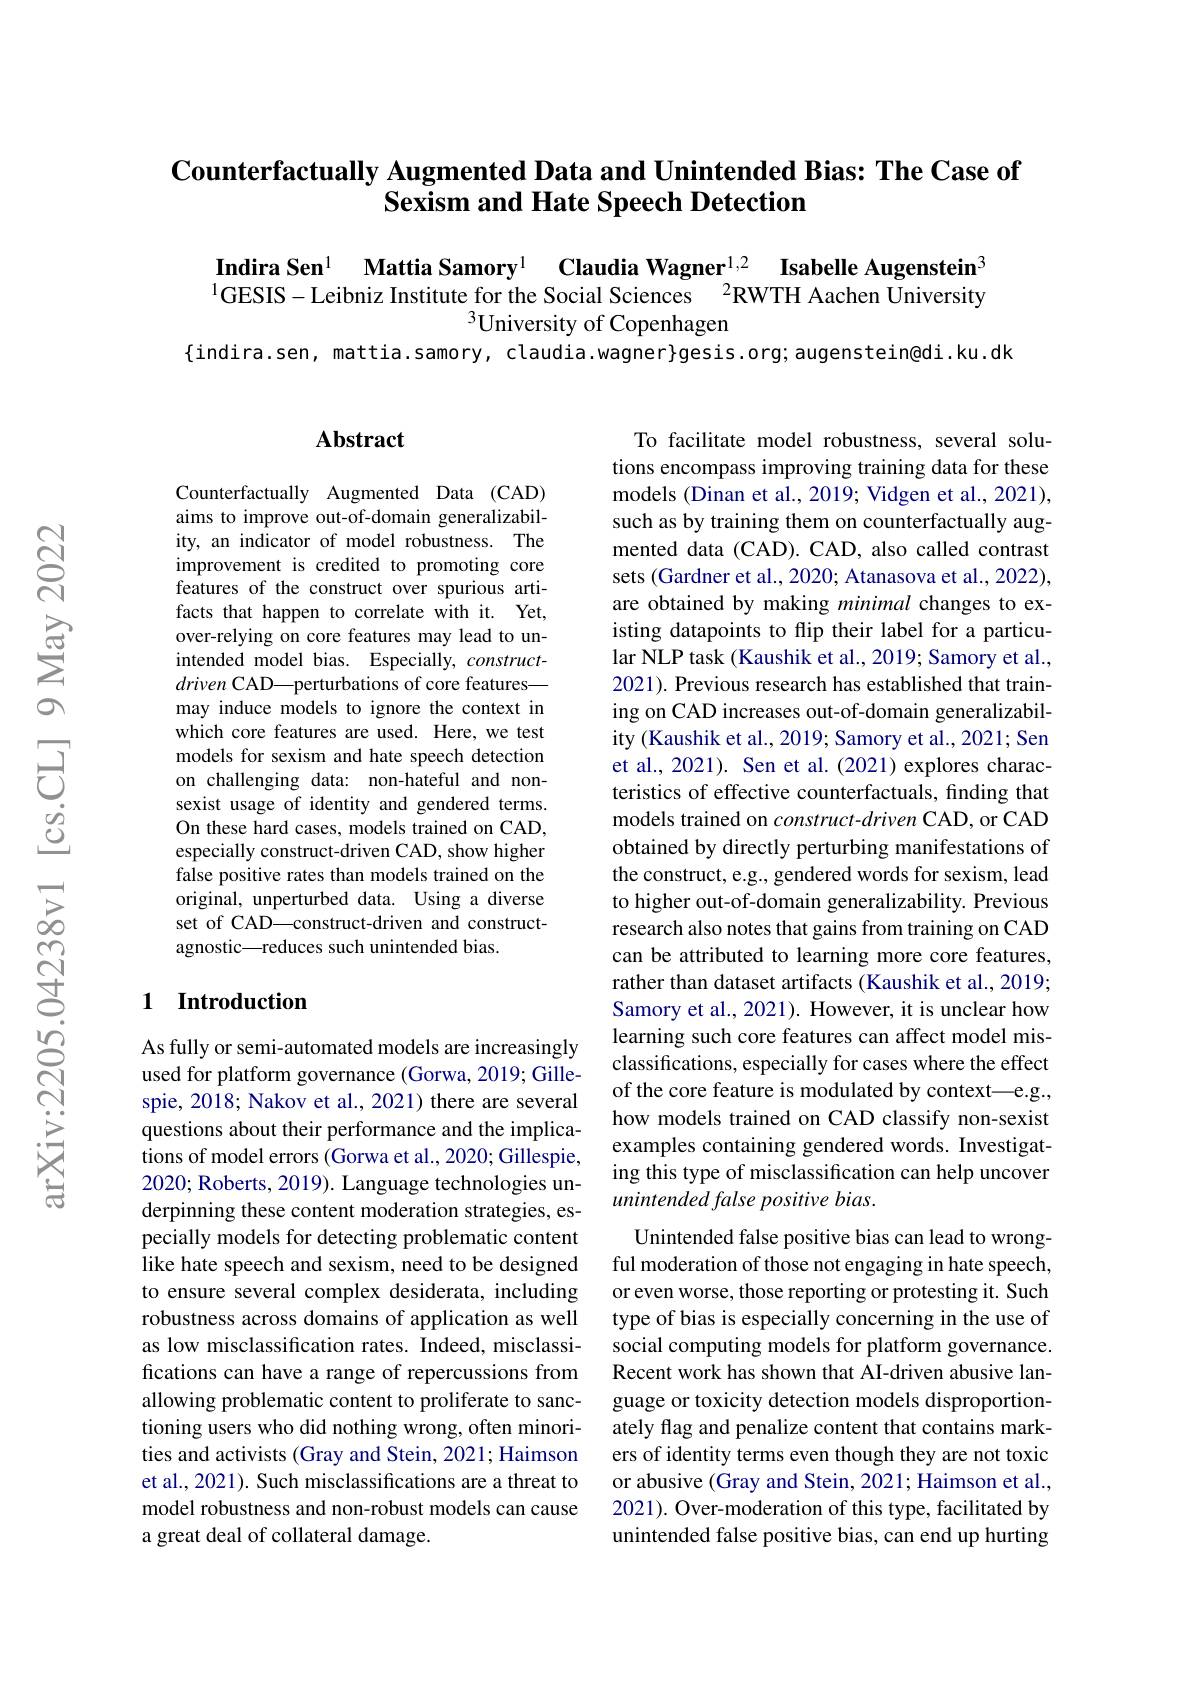
## Counterfactually Augmented Data and Unintended Bias: The Case of Sexism and Hate Speech Detection

$\textbf{Indira Sen}^{1}$ $\text{Mattia Samory}^{1}$ $\textbf{Claudia Wagner}^{1, 2}$ $\textbf{Isabelle Augenstein}^{\text{S}}$ $\text{GESIS- Leibniz Institute for the Social Sciences }^{2}$RWTH Aachen University
$^{3}$University of Copenhagen

$\{$indira.sen, mattia.samory, claudia.wagner}gesis.org; augenstein@di.ku.dk

## $\mathbf{Abstract}$

Counterfactually Augmented Data (CAD) aims to improve out-of-domain generalizability, an indicator of model robustness. The improvement is credited to promoting core features of the construct over spurious artifacts that happen to correlate with it. Yet, over-relying on core features may lead to unintended model bias. Especially, constructdriven CAD—perturbations of core features— may induce models to ignore the context in which core features are used. Here, we test models for sexism and hate speech detection on challenging data: non-hateful and nonsexist usage of identity and gendered terms. On these hard cases, models trained on CAD, especially construct-driven CAD, show higher false positive rates than models trained on the original, unperturbed data. Using a diverse set of CAD—construct-driven and constructagnostic\_reduces such unintended bias.

## 1 Introduction

As fully or semi-automated models are increasingly used for platform governance (Gorwa, 2019; Gillespie, 2018; Nakov et al., 2021) there are several questions about their performance and the implications of model errors (Gorwa et al., 2020; Gillespie, 2020; Roberts, 2019). Language technologies underpinning these content moderation strategies, especially models for detecting problematic content like hate speech and sexism, need to be designed to ensure several complex desiderata, including robustness across domains of application as well as low misclassification rates. Indeed, misclassifications can have a range of repercussions from allowing problematic content to proliferate to sanctioning users who did nothing wrong, often minorities and activists (Gray and Stein, 2021; Haimson et al., 2021). Such misclassifications are a threat to model robustness and non-robust models can cause a great deal of collateral damage.

To facilitate model robustness, several solutions encompass improving training data for these models (Dinan et al., 2019; Vidgen et al., 2021), such as by training them on counterfactually augmented data (CAD). CAD, also called contrast sets (Gardner et al., 2020; Atanasova et al., 2022), are obtained by making minimal changes to existing datapoints to flip their label for a particular NLP task (Kaushik et al., 2019; Samory et al., 2021). Previous research has established that training on CAD increases out-of-domain generalizability (Kaushik et al., 2019; Samory et al., 2021; Sen et al., 2021). Sen et al.(2021) explores characteristics of effective counterfactuals, finding that models trained on $construct-driven$ CAD, or CAD obtained by directly perturbing manifestations of the construct, e.g., gendered words for sexism, lead to higher out-of-domain generalizability. Previous research also notes that gains from training on CAD can be attributed to learning more core features, rather than dataset artifacts (Kaushik et al., 2019; Samory et al., 2021). However, it is unclear how learning such core features can affect model misclassifications, especially for cases where the effect of the core feature is modulated by context—e.g., how models trained on CAD classify non-sexist examples containing gendered words. Investigating this type of misclassification can help uncover unintended false positive bias.
Unintended false positive bias can lead to wrongful moderation of those not engaging in hate speech, or even worse, those reporting or protesting it. Such type of bias is especially concerning in the use of social computing models for platform governance. Recent work has shown that AI-driven abusive language or toxicity detection models disproportionately flag and penalize content that contains markers of identity terms even though they are not toxic or abusive (Gray and Stein, 2021; Haimson et al., 2021). Over-moderation of this type, facilitated by unintended false positive bias, can end up hurting